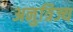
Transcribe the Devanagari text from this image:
अनुत्रिज्य